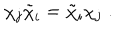
\chi _ { j } ^ { } \tilde { \chi } _ { i } = \tilde { \chi } _ { i } \chi _ { j } ^ { } \; .